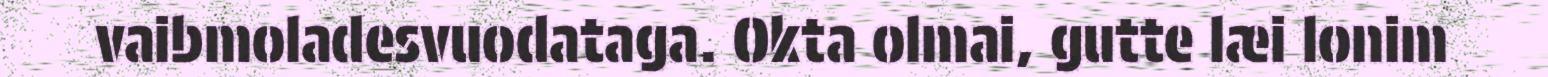
vaibmoladesvuodataga. Okta olmai, gutte læi lonim